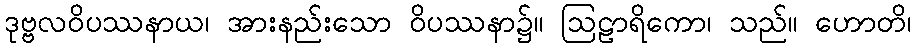
ဒုဗ္ဗလဝိပဿနာယ၊ အားနည်းသော ဝိပဿနာ၌။ ဩဠာရိကော၊ သည်။ ဟောတိ၊